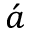
\acute { a }